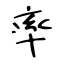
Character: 率